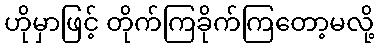
ဟိုမှာဖြင့် တိုက်ကြခိုက်ကြတော့မလို့